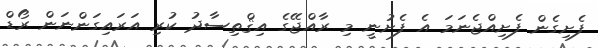
ފެށިގެން ފެށިއްޖެނަމަ އެ ފެށުނީ މި ރާއްޖޭގެ އިޤްތިސާދު ކުރި އަރައިގަންނަން ރޯޑް